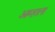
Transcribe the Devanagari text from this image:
आम्‍हाला